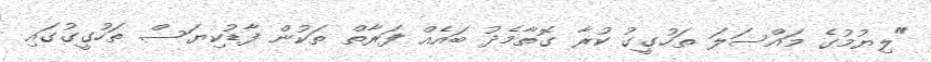
"ލިޔުމުގެ މައްސަލަ ތަހުގީގު ކުރާ ގޮތާމެދު ބައެއް ފަރާތް ތަކުން ފާޑުކިޔަސް ތަހުގީގުގައި